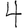
Digit: 4